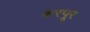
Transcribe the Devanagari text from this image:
करपूर